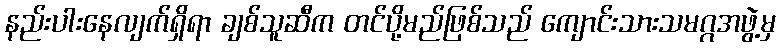
နည်းပါးနေလျက်ရှိရာ ချစ်သူဆီက တင်ပို့မည်ဖြစ်သည် ကျောင်းသားသမဂ္ဂအဖွဲ့မှ